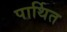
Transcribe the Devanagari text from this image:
पार्थित